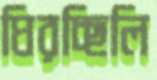
ঘিরচ্ছিলি